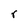
Character: r